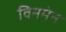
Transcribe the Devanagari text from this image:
विनमेन